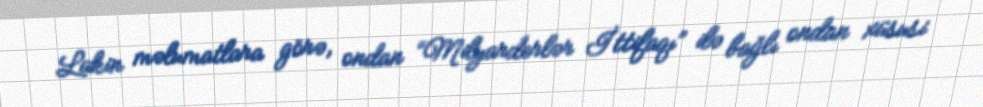
Lakin məlumatlara görə, ondan “Milyarderlər İttifaqı” ilə bağlı ondan xüsusi